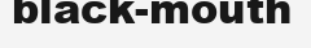
black-mouth